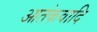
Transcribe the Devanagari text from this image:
आतंकवादि